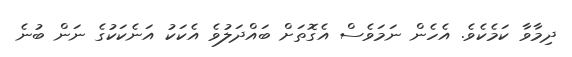
ދިމާވާ ކަމެކެވެ. އެހެން ނަމަވެސް އެގޮތަށް ބައްދަލުވެ އެކަކު އަނެކަކުގެ ނަން ބުނެ